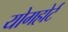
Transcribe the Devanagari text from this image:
योगहोर्ट